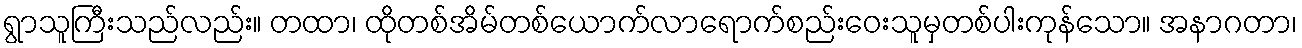
ရွာသူကြီးသည်လည်း။ တထာ၊ ထိုတစ်အိမ်တစ်ယောက်လာရောက်စည်းဝေးသူမှတစ်ပါးကုန်သော။ အနာဂတာ၊